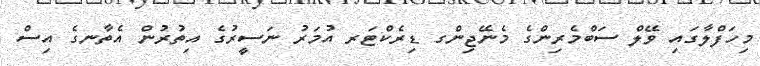
މިހަފްލާގައި ވޭލް ސަބްމެރިންގެ މެނޭޖިންގ ޑިރެކްޓަރ އުމަރު ނަސީރުގެ އިތުރުން އެތާނގެ އިސް